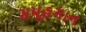
સમૂહગાન